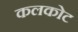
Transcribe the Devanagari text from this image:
कलकोट